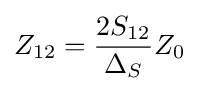
Z_{12}={2S_{12} \over \Delta _{S}}Z_{0}